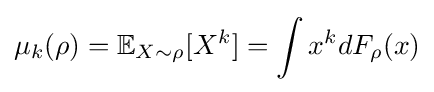
\mu _{k}(\rho )=\mathbb {E} _{X\sim \rho }[X^{k}]=\int x^{k}dF_{\rho }(x)